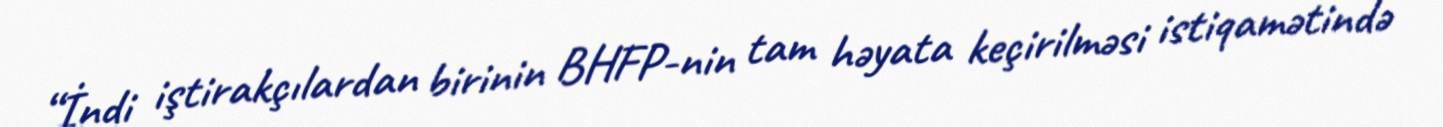
“İndi iştirakçılardan birinin BHFP-nin tam həyata keçirilməsi istiqamətində